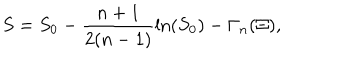
S = S _ { 0 } - \frac { n + 1 } { 2 ( n - 1 ) } \ln ( S _ { 0 } ) - \Gamma _ { n } ( \Xi ) ,